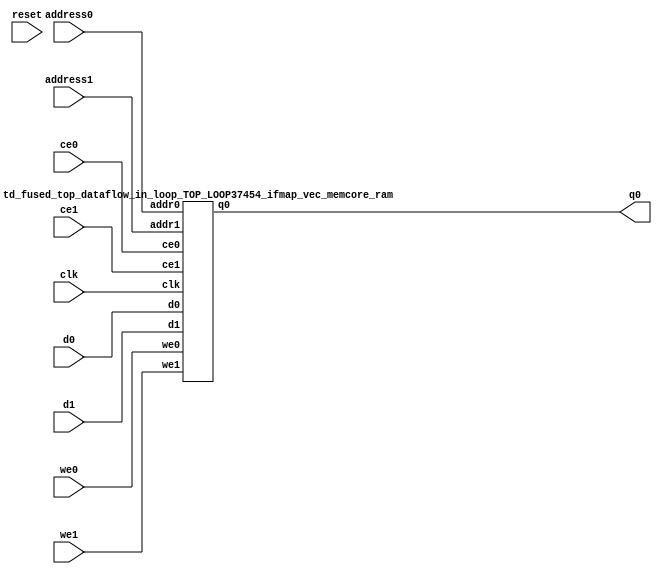
`define EXPONENT 5
`define MANTISSA 10
`define ACTUAL_MANTISSA 11
`define EXPONENT_LSB 10
`define EXPONENT_MSB 14
`define MANTISSA_LSB 0
`define MANTISSA_MSB 9
`define MANTISSA_MUL_SPLIT_LSB 3
`define MANTISSA_MUL_SPLIT_MSB 9
`define SIGN 1
`define SIGN_LOC 15
`define DWIDTH (`SIGN+`EXPONENT+`MANTISSA)
`define IEEE_COMPLIANCE 1

module td_fused_top_dataflow_in_loop_TOP_LOOP37454_ifmap_vec_memcore(
    reset,
    clk,
    address0,
    ce0,
    we0,
    d0,
    q0,
    address1,
    ce1,
    we1,
    d1);

parameter DataWidth = 32'd16;
parameter AddressRange = 32'd288;
parameter AddressWidth = 32'd9;
input reset;
input clk;
input[AddressWidth - 1:0] address0;
input ce0;
input we0;
input[DataWidth - 1:0] d0;
output[DataWidth - 1:0] q0;
input[AddressWidth - 1:0] address1;
input ce1;
input we1;
input[DataWidth - 1:0] d1;



td_fused_top_dataflow_in_loop_TOP_LOOP37454_ifmap_vec_memcore_ram td_fused_top_dataflow_in_loop_TOP_LOOP37454_ifmap_vec_memcore_ram_U(
    .clk( clk ),
    .addr0( address0 ),
    .ce0( ce0 ),
    .we0( we0 ),
    .d0( d0 ),
    .q0( q0 ),
    .addr1( address1 ),
    .ce1( ce1 ),
    .we1( we1 ),
    .d1( d1 )
);

endmodule
module td_fused_top_dataflow_in_loop_TOP_LOOP37454_ifmap_vec_memcore_ram (addr0, ce0, d0, we0, q0, addr1, ce1, d1, we1,  clk);

parameter DWIDTH = 16;
parameter AWIDTH = 9;
parameter MEM_SIZE = 288;

input[AWIDTH-1:0] addr0;
input ce0;
input[DWIDTH-1:0] d0;
input we0;
output reg[DWIDTH-1:0] q0;
input[AWIDTH-1:0] addr1;
input ce1;
input[DWIDTH-1:0] d1;
input we1;
input clk;

reg [DWIDTH-1:0] ram[MEM_SIZE-1:0];




always @(posedge clk)  
begin 
    if (ce0) begin
        if (we0) 
            ram[addr0] <= d0; 
        q0 <= ram[addr0];
    end
end


always @(posedge clk)  
begin 
    if (ce1) begin
        if (we1) 
            ram[addr1] <= d1; 
    end
end


endmodule